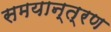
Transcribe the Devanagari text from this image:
समयान्त्रण